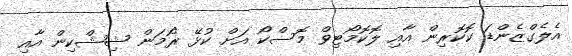
އެލެގްޒެންޑަ ކޮކޮރިން އާއި ލޮކޮމޯޓިވް މޮސްކޯ އަށް ކުޅޭ ރޯމަން ޝިޝްކިން އާއި